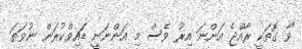
"ވާ ގޮތަކީ ރާއްޖެ އަންނަ އިރު ވެސް މި އަންނަނީ ޑައިވްކުރަން ނުވަތަ